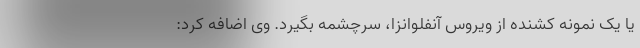
یا یک نمونه کشنده از ویروس آنفلوانزا، سرچشمه بگیرد. وی اضافه کرد: